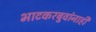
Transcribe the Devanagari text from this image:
भाटकरबुवांनाही